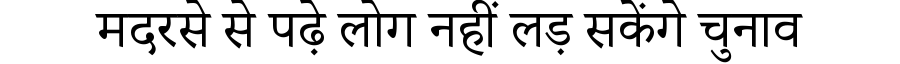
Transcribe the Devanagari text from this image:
मदरसे से पढ़े लोग नहीं लड़ सकेंगे चुनाव